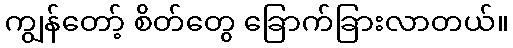
ကျွန်တော့် စိတ်တွေ ခြောက်ခြားလာတယ်။